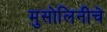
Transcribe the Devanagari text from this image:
मुसोलिनीचे